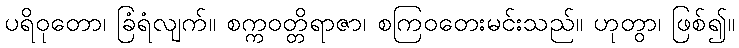
ပရိဝုတော၊ ခြံရံလျက်။ စက္ကဝတ္တိရာဇာ၊ စကြဝတေးမင်းသည်။ ဟုတွာ၊ ဖြစ်၍။